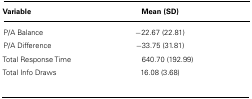
<table><thead><tr><td><b>Variable</b></td><td><b>Mean (SD)</b></td></tr></thead><tbody><tr><td>P/A Balance</td><td>-22.67 (22.81)</td></tr><tr><td>P/A Difference</td><td>-33.75 (31.81)</td></tr><tr><td>Total Response Time</td><td>640.70 (192.99)</td></tr><tr><td>Total Info Draws</td><td>16.08 (3.68)</td></tr></tbody></table>